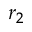
r _ { 2 }